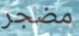
مضجر